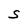
Character: S